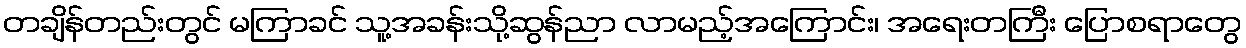
တချိန်တည်းတွင် မကြာခင် သူ့အခန်းသို့ဆွန်ညာ လာမည့်အကြောင်း၊ အရေးတကြီး ပြောစရာတွေ